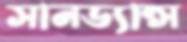
সানড্যান্স